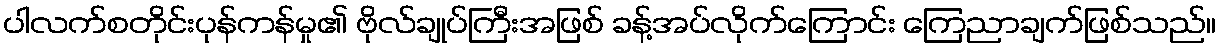
ပါလက်စတိုင်းပုန်ကန်မှု၏ ဗိုလ်ချုပ်ကြီးအဖြစ် ခန့်အပ်လိုက်ကြောင်း ကြေညာချက်ဖြစ်သည်။